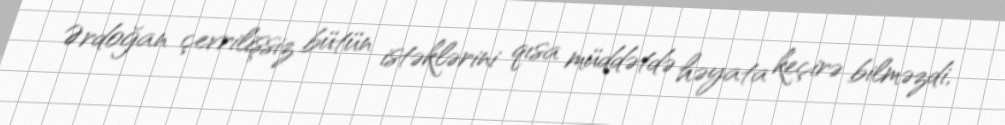
Ərdoğan çevrilişsiz bütün istəklərini qısa müddətdə həyata keçirə bilməzdi,